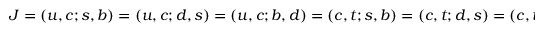
J = ( u , c ; s , b ) = ( u , c ; d , s ) = ( u , c ; b , d ) = ( c , t ; s , b ) = ( c , t ; d , s ) = ( c , t ; b , d ) = ( t , u ; s , b ) = ( t , u ; b , d ) = ( t , u ; d , s ) .